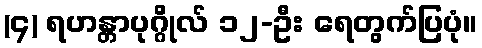
(၄) ရဟန္တာပုဂ္ဂိုလ် ၁၂-ဦး ရေတွက်ပြပုံ။